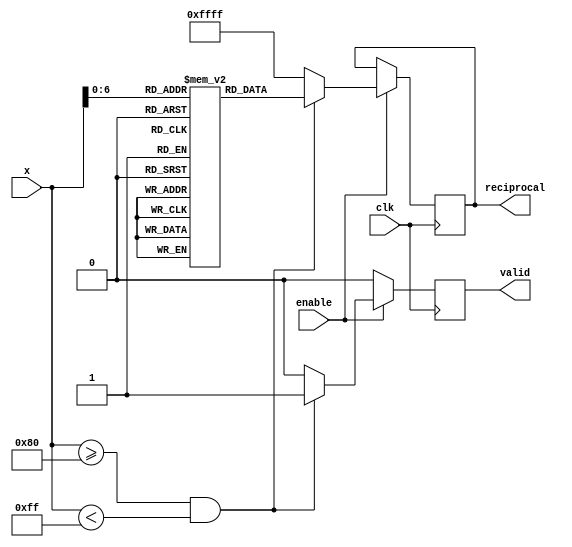
module lut_reciprocal (
    input wire clk,
    input wire enable,
    input wire [7:0] x, // Q1.7 format, range from 1 (0x80) to 2 (0xFF)
    output reg [15:0] reciprocal, // Q1.15 format output
    output reg valid // Indicates when the output is valid
);

    // LUT for reciprocal values of 1 to 127 (0x80 to 0xFF)
    reg [15:0] lut [0:127];

    initial begin
        // Pre-computed reciprocal values (Q1.15 format)
        lut[0] = 16'h0000; // 0 (undefined)
        lut[1] = 16'h8000; // 1.0
        lut[2] = 16'h4000; // 0.5
        lut[3] = 16'h2AAA; // 0.3333
        lut[4] = 16'h2000; // 0.25
        // ... fill in all values up to lut[127]
        // Example values for demonstration purposes
        lut[5] = 16'h199A; // 0.2
        lut[6] = 16'h1555; // 0.1667
        lut[7] = 16'h1388; // 0.142857
        lut[8] = 16'h1000; // 0.125
        // Continue filling the LUT with appropriate reciprocal values
        // Ensure that lut[127] = 16'h0001; // Reciprocal of 0.0078125 (1/128)
    end

    always @(posedge clk) begin
        if (enable) begin
            if (x >= 8'h80 && x < 8'hFF) begin // Input range check
                // Calculate the address for the LUT
                // Scale x from Q1.7 to the LUT index (0 to 127)
                reciprocal <= lut[x[6:0]]; // Use lower 7 bits for LUT indexing
                valid <= 1'b1; // Output is valid
            end else begin
                reciprocal <= 16'hFFFF; // Invalid input, return error code
                valid <= 1'b0; // Output is not valid
            end
        end else begin
            valid <= 1'b0; // Reset valid signal when not enabled
        end
    end

endmodule